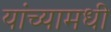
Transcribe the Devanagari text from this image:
यांच्यामधी